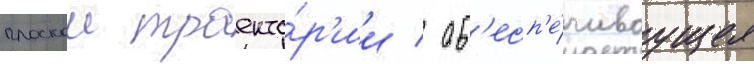
плоскои траекто́р'ии / об'есп'е́чиваущее